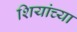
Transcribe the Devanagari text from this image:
शियांच्या